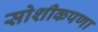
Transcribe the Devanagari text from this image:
सोशीकपणा